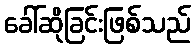
ခေါ်ဆိုခြင်းဖြစ်သည်